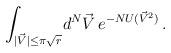
LaTeX: \begin{align*}\int_{|\vec V|\leq\pi\sqrt{r}}\! d^{N}\vec V\, e^{-NU({\vec V}^{2})}\, .\end{align*}